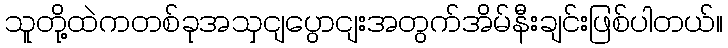
သူတို့ထဲကတစ်ခုအသှငျပွောငျးအတွက်အိမ်နီးချင်းဖြစ်ပါတယ်။